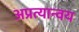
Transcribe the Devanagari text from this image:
अप्रत्यान्वय